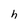
Character: h